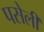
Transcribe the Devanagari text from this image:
पसेली